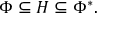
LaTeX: \Phi \subseteq H \subseteq \Phi ^ { * } .